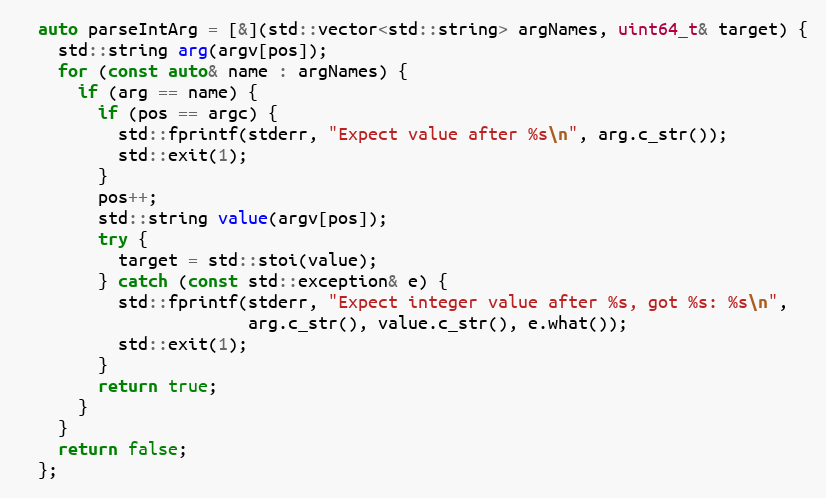
Language: C++
  auto parseIntArg = [&](std::vector<std::string> argNames, uint64_t& target) {
    std::string arg(argv[pos]);
    for (const auto& name : argNames) {
      if (arg == name) {
        if (pos == argc) {
          std::fprintf(stderr, "Expect value after %s\n", arg.c_str());
          std::exit(1);
        }
        pos++;
        std::string value(argv[pos]);
        try {
          target = std::stoi(value);
        } catch (const std::exception& e) {
          std::fprintf(stderr, "Expect integer value after %s, got %s: %s\n",
                       arg.c_str(), value.c_str(), e.what());
          std::exit(1);
        }
        return true;
      }
    }
    return false;
  };